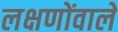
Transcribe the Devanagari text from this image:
लक्षणोंवाले